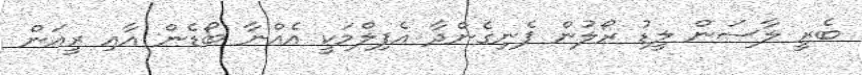
ބެރީ ލާސަން ލީޑު ރޯލުން ފެނިގެންދާ އެފިލްމަކީ އެއްނާ ބޯޑެން އާއި ރީއަން